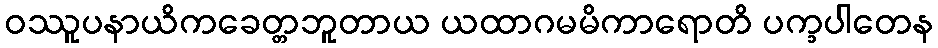
ဝဿူပနာယိကခေတ္တဘူတာယ ယထာဂမမိကာရောတိ ပက္ခပါတေန